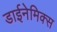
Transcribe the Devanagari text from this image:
डाईनेमिक्स